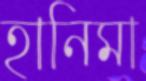
হানিমা